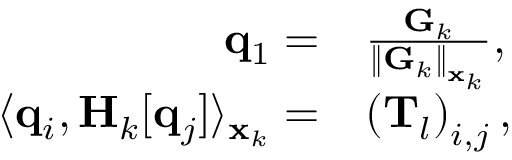
\begin{array} { r l } { \mathbf { q } _ { 1 } = } & { \frac { \mathbf { G } _ { k } } { \left\| \mathbf { G } _ { k } \right\| _ { \mathbf { x } _ { k } } } , } \\ { \langle \mathbf { q } _ { i } , \mathbf { H } _ { k } [ \mathbf { q } _ { j } ] \rangle _ { \mathbf { x } _ { k } } = } & { \left( \mathbf { T } _ { l } \right) _ { i , j } , } \end{array}